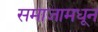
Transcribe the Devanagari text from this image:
समाजामधून